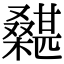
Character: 𣞵